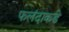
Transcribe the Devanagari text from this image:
फलंदाकडे